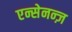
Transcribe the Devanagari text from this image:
एन्सेनन्ज़